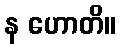
န ဟောတိ။